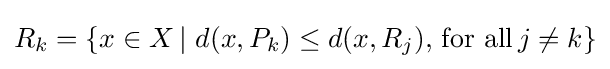
R_{k}=\{x\in X\,|\,\,d(x,P_{k})\leq d(x,R_{j}),\,{\text{for all}}\,j\neq k\}